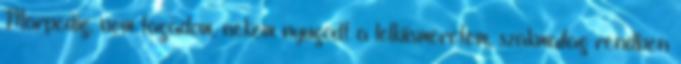
Márpedig, nem tagadom, nekem nyugodt a lelkiismeretem, szakmailag rendben